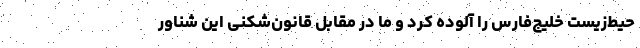
حیط‌زیست خلیج‌فارس را آلوده کرد و ما در مقابل قانون‌شکنی این شناور